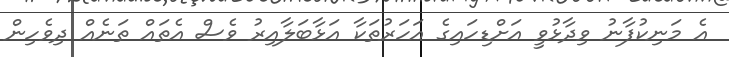
އެ މަނިކުފާނު ވިދާޅުވީ އަަށްޑިހައިގެ އަހަރުތަކާ އަޅާބަލާއިރު ވެސް އެތައް ތަނެއް ދިވެހިން